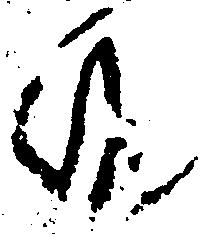
候